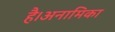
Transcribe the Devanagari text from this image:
है।अनामिका